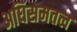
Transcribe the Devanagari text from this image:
अधिसमतल